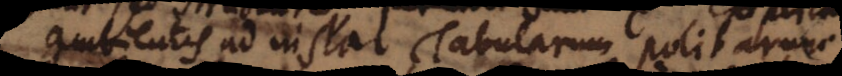
ambientis ad instar Tabularum politaru